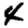
Digit: 4